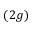
( 2 g )